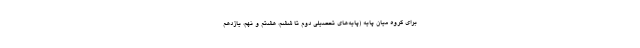
برای گروه میان پایه (پایه‌های تحصیلی دوم تا ششم، هشتم و نهم، یازدهم